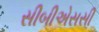
સીબીએસસી